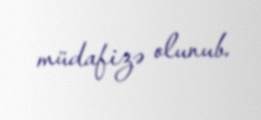
müdafizə olunub.